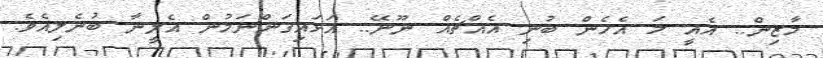
މާޒިން.. އެއީ މަ އެހެން ބުނި އެއްޗެއް ނޫނޭ.. އަޅައިގަންނަމުން އެލީނާ ބުނެލިއެވެ.